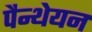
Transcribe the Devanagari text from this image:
पैन्थेयन